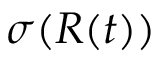
\sigma ( R ( t ) )